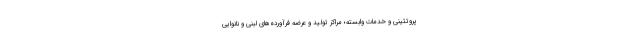
پروتئینی و خدمات وابسته؛ مراکز تولید و عرضه فرآورده‌های لبنی و نانوایی